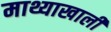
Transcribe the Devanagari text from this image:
माथ्याखाली